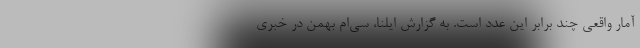
آمار واقعی چند برابر این عدد است. به گزارش ایلنا، سی‌ام بهمن در خبری